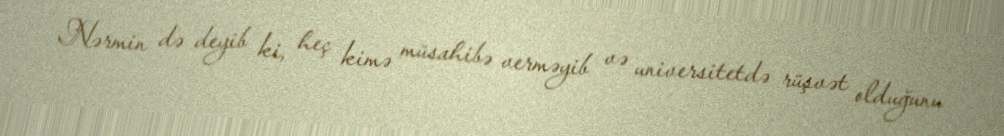
Nərmin də deyib ki, heç kimə müsahibə verməyib və universitetdə rüşvət olduğunu